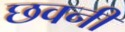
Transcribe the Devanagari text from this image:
छवनी